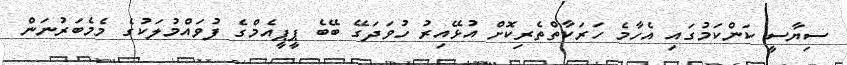
ސިޔާސީ ކަންކަމުގައި އެހާމެ ހަރަކާތްތެރިކޮށް އުޅޭއިރު ހުވަދަގޭ ބޭބެ ޕީޕީއެމްގެ ފުވައްމުލަކުގެ މެމެބަރުނަން